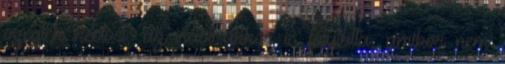
szegték kedvét; az írást akkor is folytatta, amikor nem